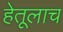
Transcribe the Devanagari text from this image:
हेतूलाच